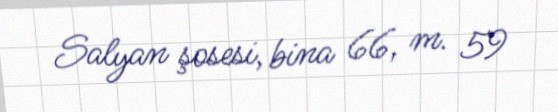
Salyan şosesi, bina 66, m. 59